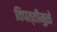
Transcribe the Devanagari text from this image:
विपत्तीमुळे